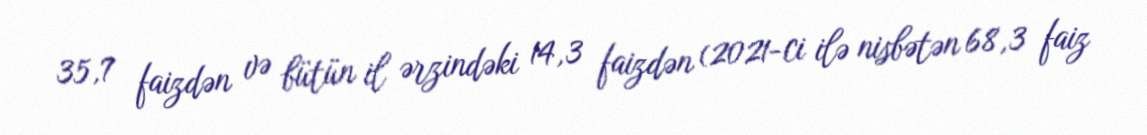
35,7 faizdən və bütün il ərzindəki 14,3 faizdən (2021-ci ilə nisbətən 68,3 faiz